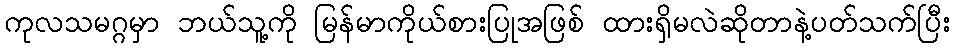
ကုလသမဂ္ဂမှာ ဘယ်သူ့ကို မြန်မာကိုယ်စားပြုအဖြစ် ထားရှိမလဲဆိုတာနဲ့ပတ်သက်ပြီး